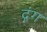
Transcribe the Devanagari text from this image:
द्गंग